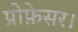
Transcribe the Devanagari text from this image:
प्रोफ़ेसर।